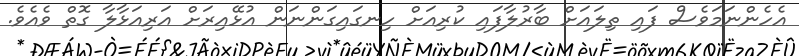
އެހެންނަމަވެސް ފައި ތިލައަށް ބާރުލާފައި ކުރިއަށް ހިނގައިގަންނަން އުޅޭއިރަށް އަރިއަޅާލާ ގޮތް ވެއެވެ.